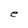
Character: e